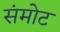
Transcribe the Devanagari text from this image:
संमोट